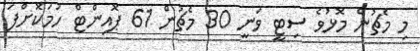
މި މެޗުން މޮޅުވެ ސިޓީ ވަނީ 30 މެޗުން 61 ޕޮއިންޓް ހަމަކޮށްފަ